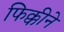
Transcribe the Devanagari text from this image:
फिक्कीने